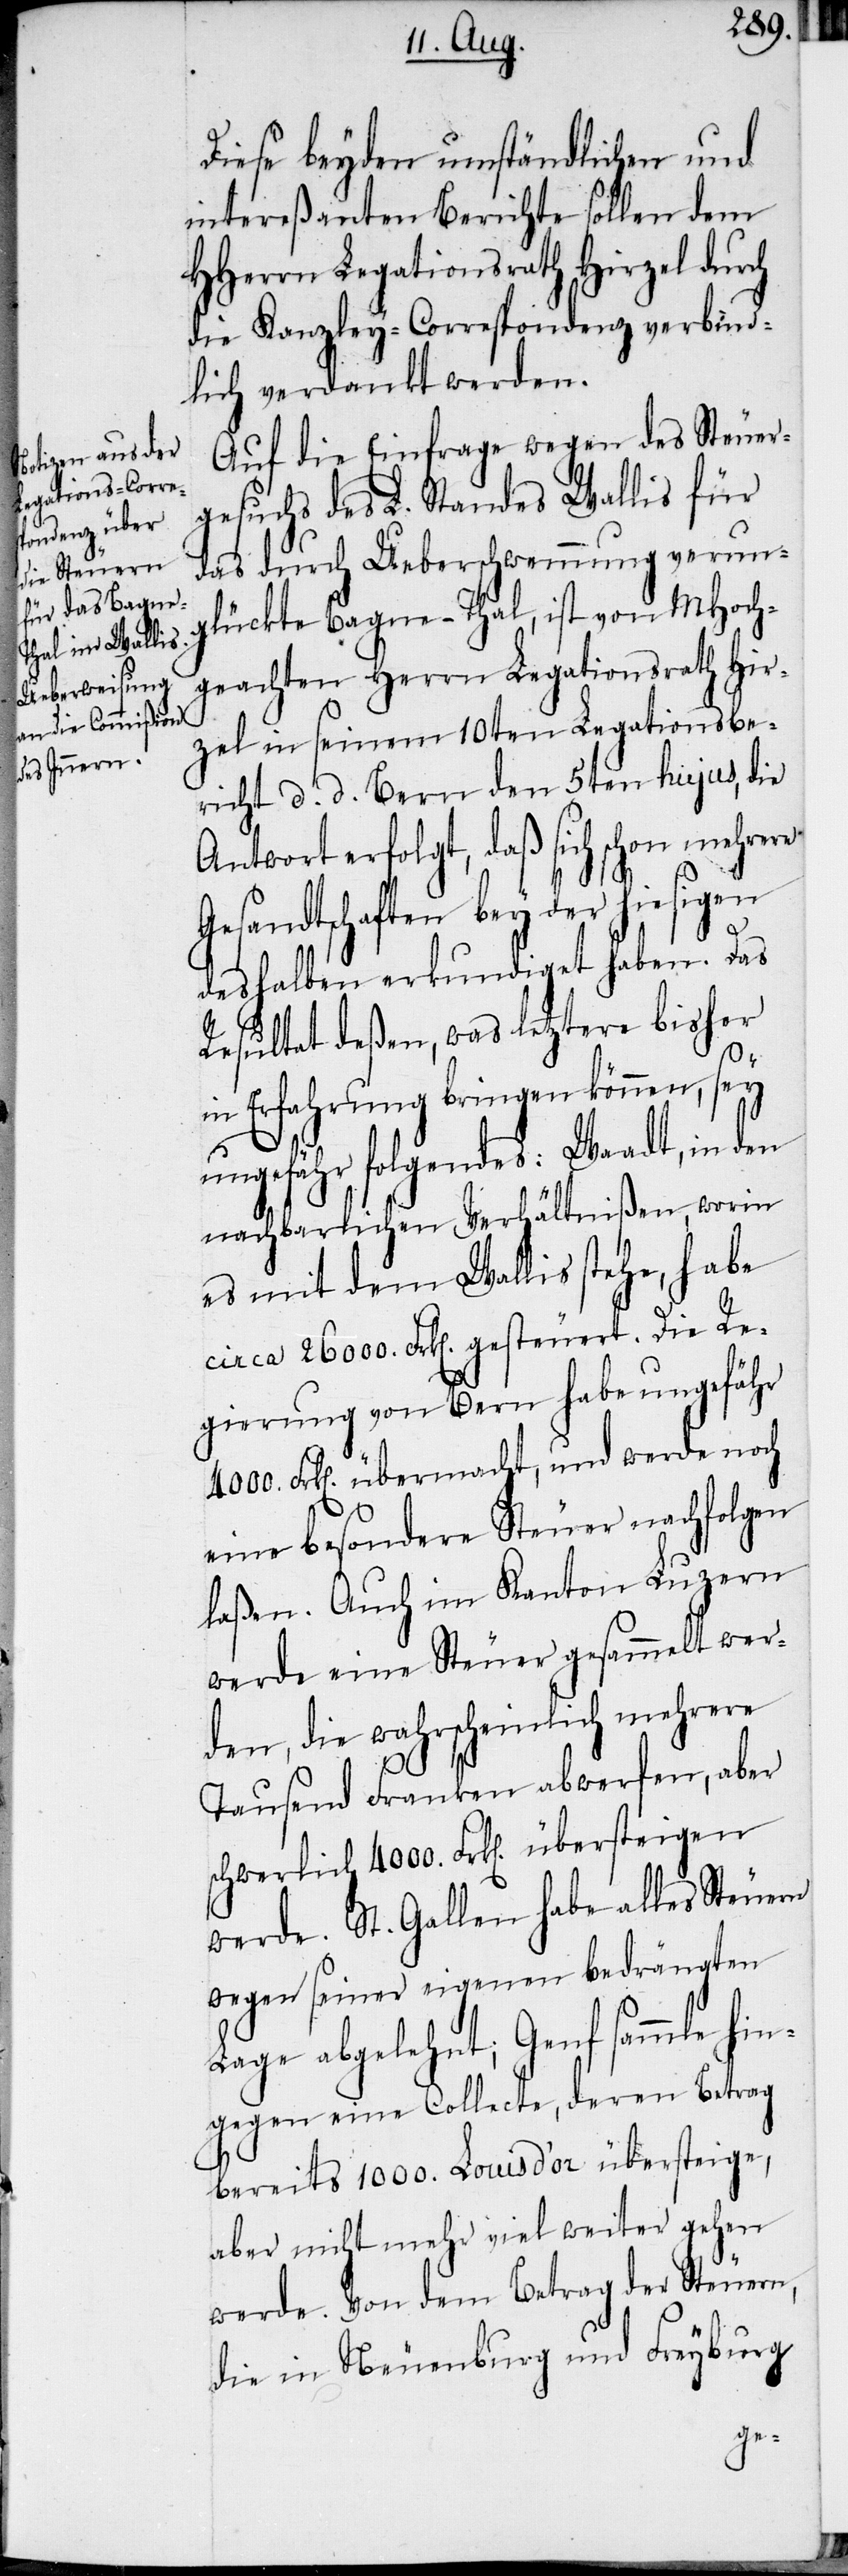
Diese beyden umständlichen und
intereßanten Berichte sollen dem
HHerrn Legationsrath Hirzel durch
die Kanzley-Correspondenz verbind¬
lich verdankt werden.
Auf die Einfrage wegen des Steuer¬
gesuchs des L. Standes Wallis für
das durch Ueberschwemmung verung¬
lückte Bagne-Thal, ist von MHoch¬
geachten Herrn Legationsrath Hir¬
zel in seinem 10ten Legationsbe¬
richt d. d. Bern den 5ten hujus, die
Antwort erfolgt, daß sich schon mehrere
Gesandtschaften bey der hiesigen
deshalben erkundiget haben. Das
Resultat deßen, was letztere bisher
in Erfahrung bringen können, sey
ungefähr folgendes: Waadt, in den
nachbarlichen Verhältnißen, worin
es mit dem Wallis stehe, habe
circa 26000. Frk[en] gesteuert. Die Re¬
gierung von Bern habe ungefähr
4000. Frk[en] übermacht, und werde noch
eine besondere Steuer nachfolgen
laßen. Auch im Kanton Luzern
werde eine Steuer gesammelt wer¬
den, die wahrscheinlich mehrere
Tausend Franken abwerfen, aber
schwerlich 4000. Frk[en] übersteigen
werde. St. Gallen habe alles Steuern
wegen seiner eigenen bedrängten
Lage abgelehnt; Genf sammle hin¬
gegen eine Collecte, deren Betrag
bereits 1000. Louis d’or übersteige,
aber nicht mehr viel weiter gehen
werde. Von dem Betrag der Steuern,
die in Neuenburg und Freyburg